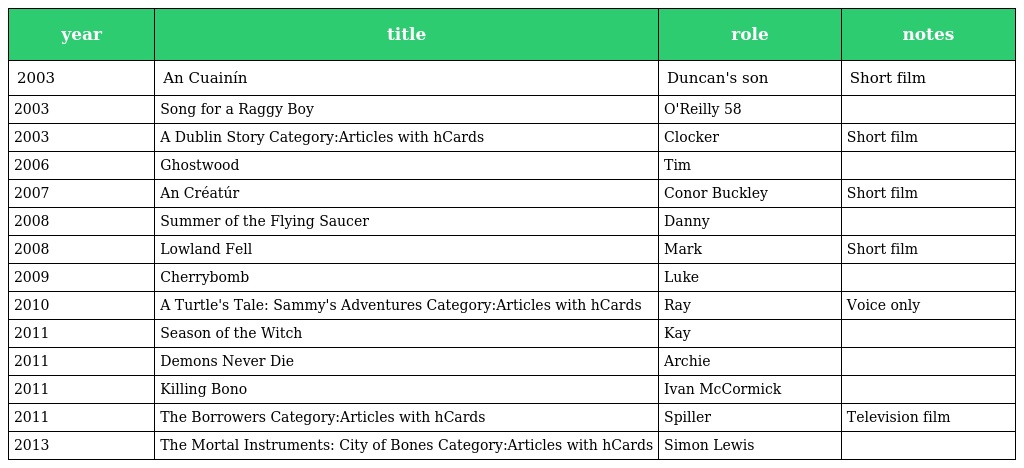
| year | title | role | notes |
 | --- | --- | --- | --- |
 | 2003 | An Cuainín | Duncan's son | Short film |
 | 2003 | Song for a Raggy Boy | O'Reilly 58 |  |
 | 2003 | A Dublin Story Category:Articles with hCards | Clocker | Short film |
 | 2006 | Ghostwood | Tim |  |
 | 2007 | An Créatúr | Conor Buckley | Short film |
 | 2008 | Summer of the Flying Saucer | Danny |  |
 | 2008 | Lowland Fell | Mark | Short film |
 | 2009 | Cherrybomb | Luke |  |
 | 2010 | A Turtle's Tale: Sammy's Adventures Category:Articles with hCards | Ray | Voice only |
 | 2011 | Season of the Witch | Kay |  |
 | 2011 | Demons Never Die | Archie |  |
 | 2011 | Killing Bono | Ivan McCormick |  |
 | 2011 | The Borrowers Category:Articles with hCards | Spiller | Television film |
 | 2013 | The Mortal Instruments: City of Bones Category:Articles with hCards | Simon Lewis |  |